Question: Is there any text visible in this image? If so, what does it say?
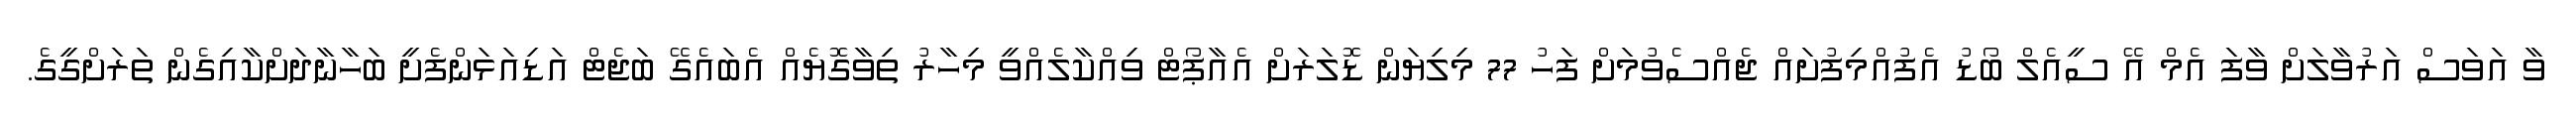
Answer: ވާ އަވަސް އަރުވާލަށް ވާފަ އެމް އޭ ސީއެލް ބޯޑު އެފުއްމިފުށައް ޖެއްސެވުމަށް ފަހު 77 މިލިޔަން ޑޮލަރަށް އެއާޕޯޓް ވިއްކާލެއްވީ މިހާރު ތިވާގޮޔެއް އެބައެގޭ ބަޖެޓް އަޑިއަޅަންފެށީ ބަހާނާދަށްކާއިގެން ތަރަށްގީގެ.